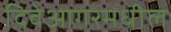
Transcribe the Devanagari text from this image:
दिवेआगरमधील